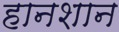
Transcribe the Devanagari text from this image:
हानशान